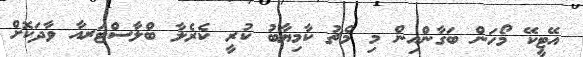
އޭޓީކޭ މޯހަން ބަގާންއިން މި މެޗު ކާމިޔާބު ކުރީ ކެރެލާ ބްލާސްޓަރއާ ވާދަކޮށް